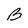
Character: B